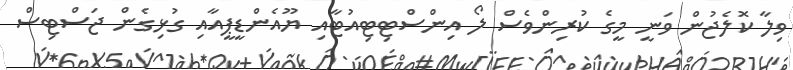
ވިލާ ކޮލެޖުން ވަނީ މީގެ ކުރިންވެސް ލޯ އިންސްޓިޓިއުޓާއި ޔޫއެންޑީޕީއާއި ގުޅިގެން ޖަސްޓިސް